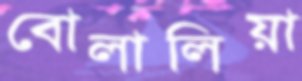
বোলালিয়া